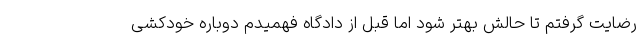
رضایت گرفتم تا حالش بهتر شود اما قبل از دادگاه فهمیدم دوباره خودکشی